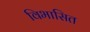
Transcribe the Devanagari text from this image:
विभासित